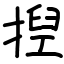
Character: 揑